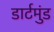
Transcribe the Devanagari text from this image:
डार्टमुंड